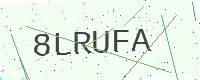
Text: 8LRUFA